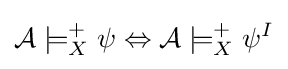
{\mathcal {A}}\models _{X}^{+}\psi \Leftrightarrow {\mathcal {A}}\models _{X}^{+}\psi ^{I}